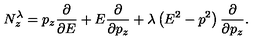
N _ { z } ^ { \lambda } = p _ { z } { \frac { \partial } { \partial E } } + E { \frac { \partial } { \partial p _ { z } } } + \lambda \left( E ^ { 2 } - p ^ { 2 } \right) { \frac { \partial } { \partial p _ { z } } } .